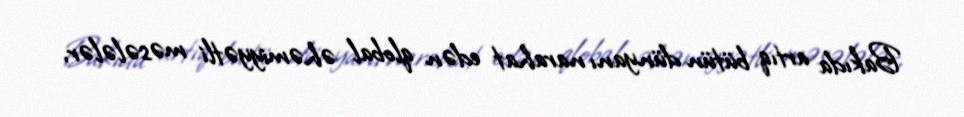
Bakıda artıq bütün dünyanı narahat edən qlobal əhəmiyyətli məsələlər,